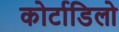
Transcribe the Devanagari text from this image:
कोर्टाडिलो